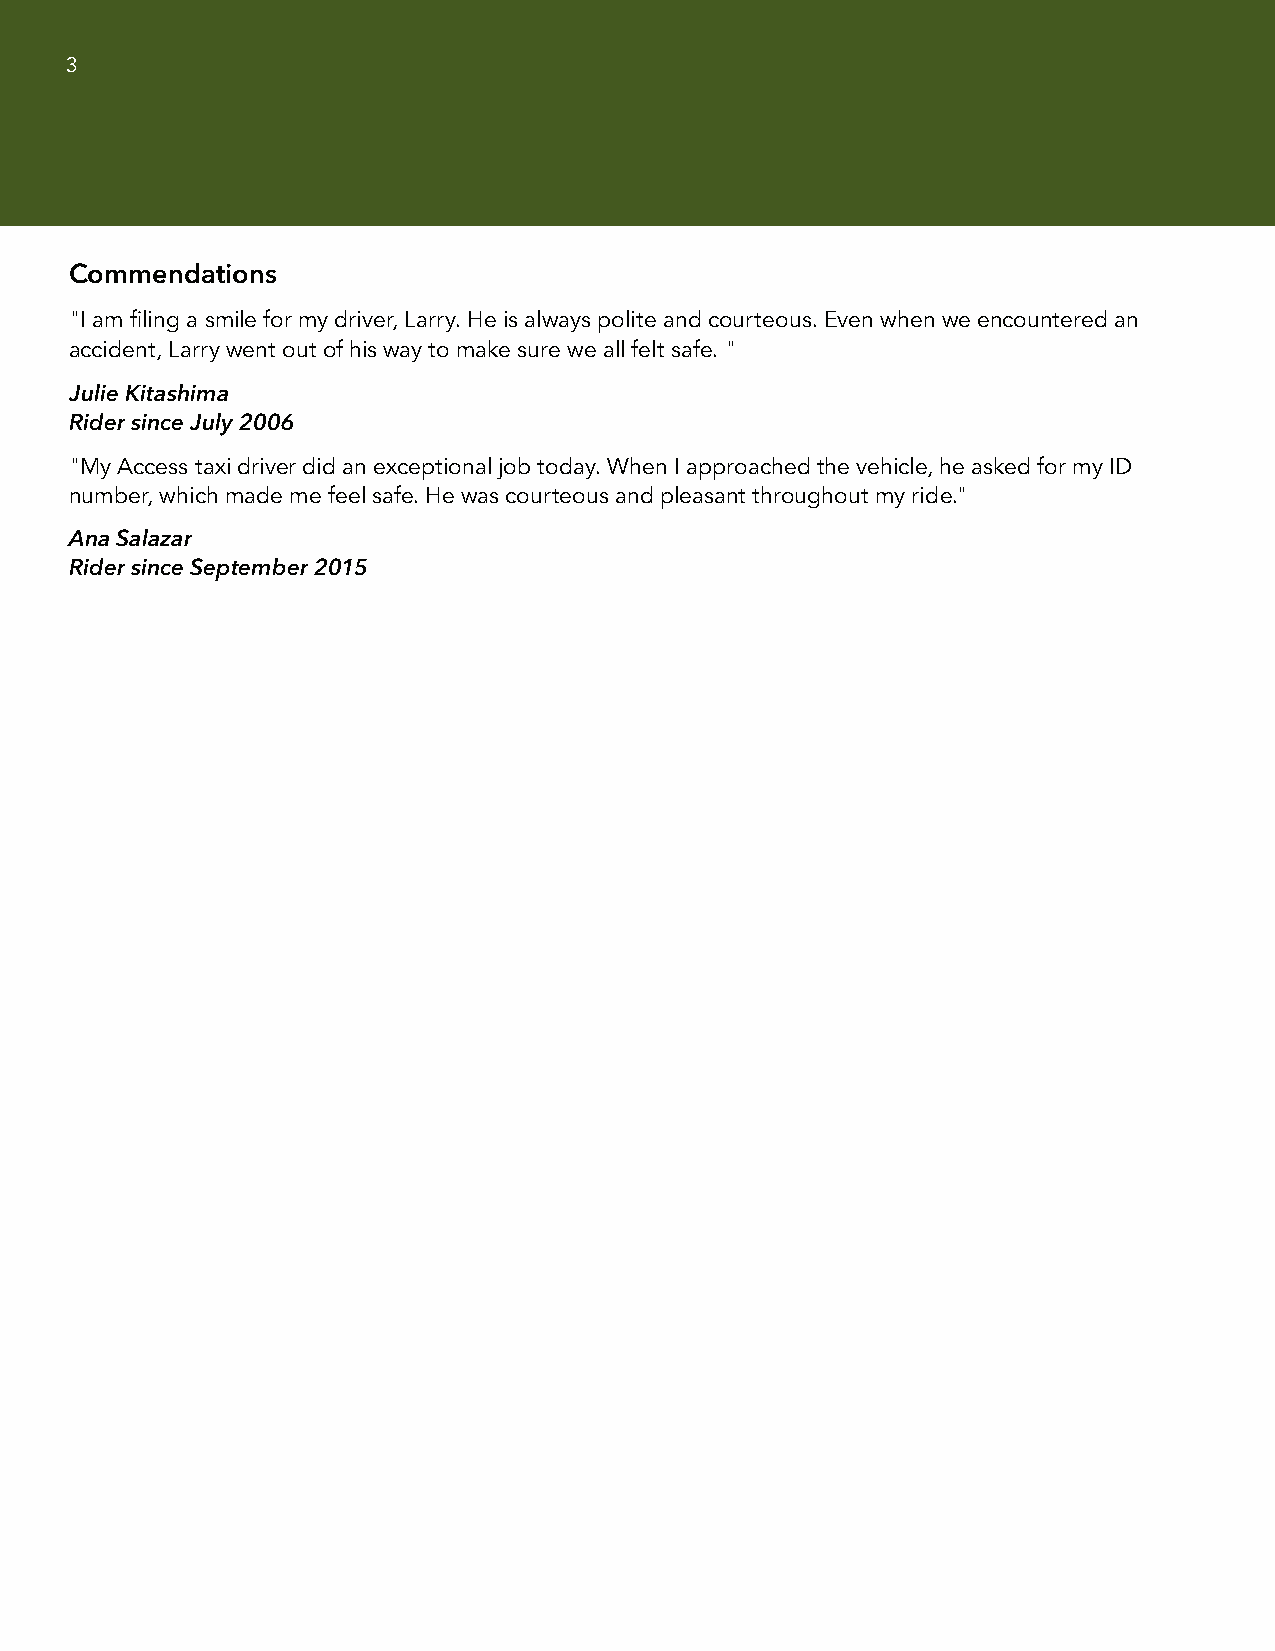
3
 Commendations
 "I am filing a smile for my driver, Larry. He is always polite and courteous. Even when we encountered an
 accident, Larry went out of his way to make sure we all felt safe. "
 Julie Kitashima
 Rider since July 2006
 "My Access taxi driver did an exceptional job today. When I approached the vehicle, he asked for my ID
 number, which made me feel safe. He was courteous and pleasant throughout my ride."
 Ana Salazar
 Rider since September 2015